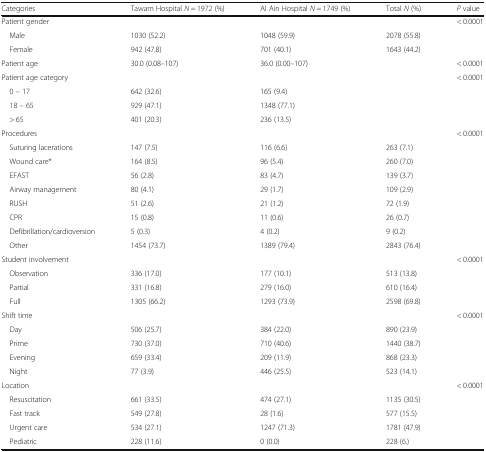
<table><thead><tr><td><b>Categories</b></td><td><b>Tawam Hospital <i>N</i> = 1972 (%)</b></td><td><b>Al Ain Hospital <i>N</i> = 1749 (%)</b></td><td><b>Total <i>N</i> (%)</b></td><td><b><i>P</i> value</b></td></tr></thead><tbody><tr><td>Patient gender</td><td></td><td></td><td></td><td>&lt; 0.0001</td></tr><tr><td> Male</td><td>1030 (52.2)</td><td>1048 (59.9)</td><td>2078 (55.8)</td><td></td></tr><tr><td> Female</td><td>942 (47.8)</td><td>701 (40.1)</td><td>1643 (44.2)</td><td></td></tr><tr><td>Patient age</td><td>30.0 (0.08–107)</td><td>36.0 (0.00–107)</td><td></td><td>&lt; 0.0001</td></tr><tr><td>Patient age category</td><td></td><td></td><td></td><td>&lt; 0.0001</td></tr><tr><td> 0 – 17</td><td>642 (32.6)</td><td>165 (9.4)</td><td></td><td rowspan="3"></td></tr><tr><td> 18 – 65</td><td>929 (47.1)</td><td>1348 (77.1)</td><td></td></tr><tr><td> &gt; 65</td><td>401 (20.3)</td><td>236 (13.5)</td><td></td></tr><tr><td>Procedures</td><td></td><td></td><td></td><td>&lt; 0.0001</td></tr><tr><td> Suturing lacerations</td><td>147 (7.5)</td><td>116 (6.6)</td><td>263 (7.1)</td><td></td></tr><tr><td> Wound care*</td><td>164 (8.5)</td><td>96 (5.4)</td><td>260 (7.0)</td><td></td></tr><tr><td> EFAST</td><td>56 (2.8)</td><td>83 (4.7)</td><td>139 (3.7)</td><td></td></tr><tr><td> Airway management</td><td>80 (4.1)</td><td>29 (1.7)</td><td>109 (2.9)</td><td rowspan="4"></td></tr><tr><td> RUSH</td><td>51 (2.6)</td><td>21 (1.2)</td><td>72 (1.9)</td></tr><tr><td> CPR</td><td>15 (0.8)</td><td>11 (0.6)</td><td>26 (0.7)</td></tr><tr><td> Defibrillation/cardioversion</td><td>5 (0.3)</td><td>4 (0.2)</td><td>9 (0.2)</td></tr><tr><td> Other</td><td>1454 (73.7)</td><td>1389 (79.4)</td><td>2843 (76.4)</td><td></td></tr><tr><td>Student involvement</td><td></td><td></td><td></td><td>&lt; 0.0001</td></tr><tr><td> Observation</td><td>336 (17.0)</td><td>177 (10.1)</td><td>513 (13.8)</td><td rowspan="3"></td></tr><tr><td> Partial</td><td>331 (16.8)</td><td>279 (16.0)</td><td>610 (16.4)</td></tr><tr><td> Full</td><td>1305 (66.2)</td><td>1293 (73.9)</td><td>2598 (69.8)</td></tr><tr><td>Shift time</td><td></td><td></td><td></td><td>&lt; 0.0001</td></tr><tr><td> Day</td><td>506 (25.7)</td><td>384 (22.0)</td><td>890 (23.9)</td><td rowspan="4"></td></tr><tr><td> Prime</td><td>730 (37.0)</td><td>710 (40.6)</td><td>1440 (38.7)</td></tr><tr><td> Evening</td><td>659 (33.4)</td><td>209 (11.9)</td><td>868 (23.3)</td></tr><tr><td> Night</td><td>77 (3.9)</td><td>446 (25.5)</td><td>523 (14.1)</td></tr><tr><td>Location</td><td></td><td></td><td></td><td>&lt; 0.0001</td></tr><tr><td> Resuscitation</td><td>661 (33.5)</td><td>474 (27.1)</td><td>1135 (30.5)</td><td rowspan="4"></td></tr><tr><td> Fast track</td><td>549 (27.8)</td><td>28 (1.6)</td><td>577 (15.5)</td></tr><tr><td> Urgent care</td><td>534 (27.1)</td><td>1247 (71.3)</td><td>1781 (47.9)</td></tr><tr><td> Pediatric</td><td>228 (11.6)</td><td>0 (0.0)</td><td>228 (6.)</td></tr></tbody></table>